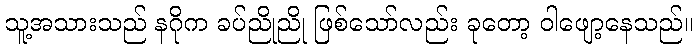
သူ့အသားသည် နဂိုက ခပ်ညိုညို ဖြစ်သော်လည်း ခုတော့ ဝါဖျော့နေသည်။